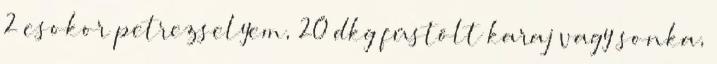
2 csokor petrezselyem, 20 dkg füstölt karaj vagy sonka,